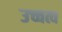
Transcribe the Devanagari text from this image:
उच्चत्व